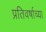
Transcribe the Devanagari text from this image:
प्रतिवर्षाच्या